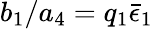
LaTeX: b_{1}/a_{4}=q_{1}\bar{\epsilon}_{1}